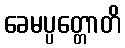
ခေမပ္ပတ္တောတိ